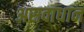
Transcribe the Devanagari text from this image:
असवाधान